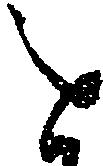
を